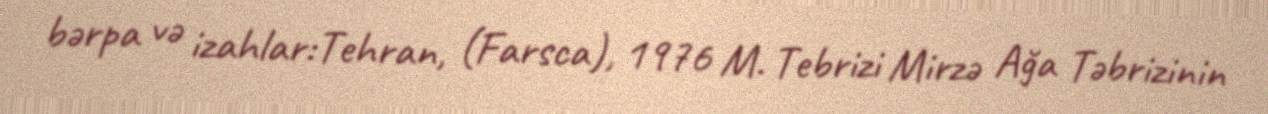
bərpa və izahlar:Tehran, (Farsca), 1976 M. Tebrizi Mirzə Ağa Təbrizinin